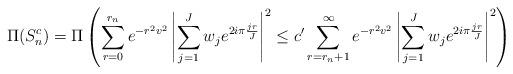
LaTeX: \begin{align*} \Pi(S_n^c) &= \Pi\left( \sum_{r=0}^{r_n} e^{-r^2v^2} \left|\sum_{j=1}^J w_j e^{2i\pi{jr\over J}} \right|^2 \leq c' \sum_{r=r_n +1}^{\infty} e^{-r^2v^2} \left|\sum_{j=1}^J w_j e^{2i\pi{jr\over J}} \right|^2 \right) \\\end{align*}